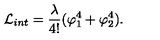
{ \cal L } _ { i n t } = \frac { \lambda } { 4 ! } ( \varphi _ { 1 } ^ { 4 } + \varphi _ { 2 } ^ { 4 } ) .